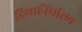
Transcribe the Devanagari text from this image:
दिशानिर्धारण